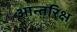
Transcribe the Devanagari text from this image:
आन्तरिक्ष